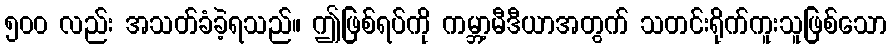
၅၀၀ လည်း အသတ်ခံခဲ့ရသည်။ ဤဖြစ်ရပ်ကို ကမ္ဘာ့မီဒီယာအတွက် သတင်းရိုက်ကူးသူဖြစ်သော